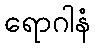
ရောဂါနံ